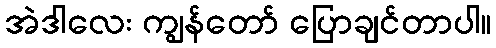
အဲဒါလေး ကျွန်တော် ပြောချင်တာပါ။